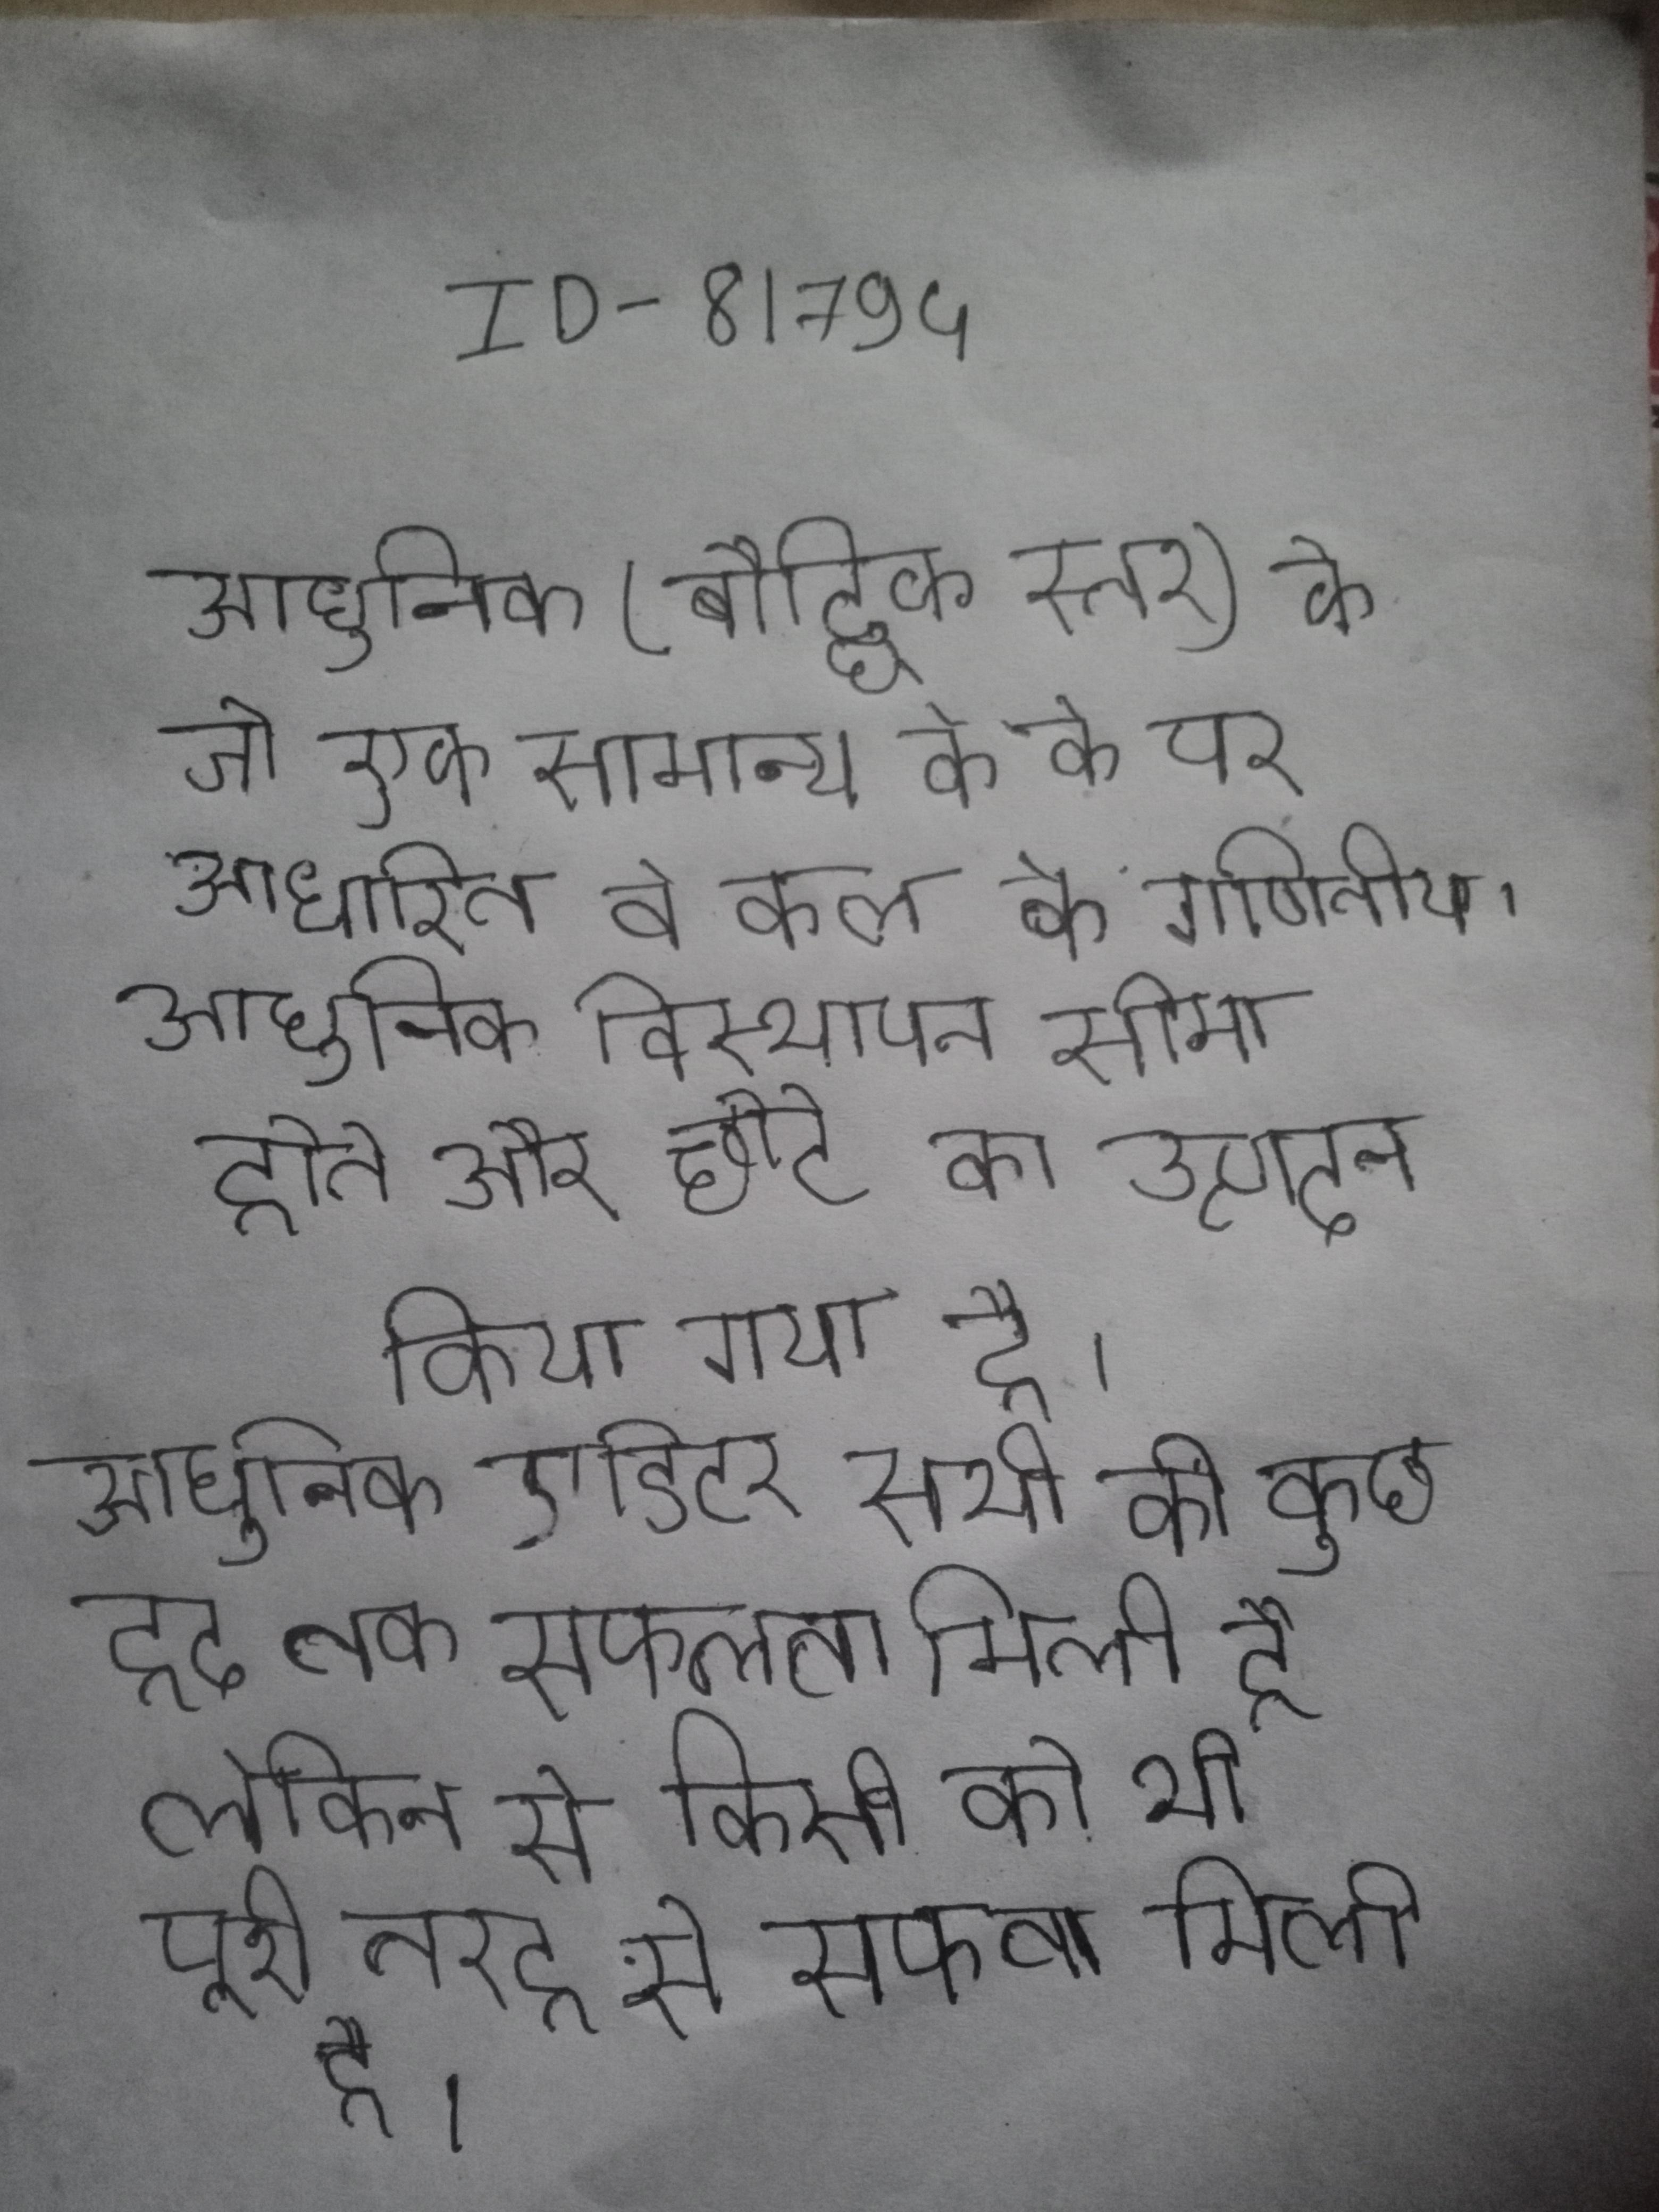
आधुनिक (बौद्धिक स्तर) के जो एक सामान्य के के पर आधारित वे कुल के गणितीय । आधुनिक विस्थापन सीमा होते और छोटे का उत्पादन किया गया है । आधुनिक एडिटर सभी को कुछ हद तक सफलता मिली है, लेकिन से किसी को भी पूरी तरह से सफलता मिली है ।